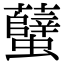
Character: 𧕏